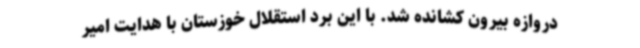
دروازه بیرون کشانده شد. با این برد استقلال خوزستان با هدایت امیر